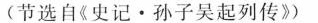
(节选自《史记·孙子吴起列传》)